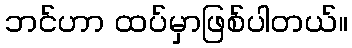
ဘင်ဟာ ထပ်မှာဖြစ်ပါတယ်။